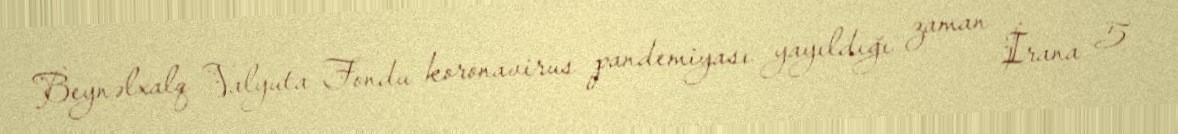
Beynəlxalq Valyuta Fondu koronavirus pandemiyası yayıldığı zaman İrana 5